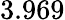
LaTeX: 3.969